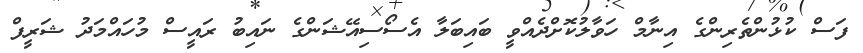
ފަސް ކުޅުންތެރިންގެ އިނާމް ހަވާލުކޮށްދެއްވީ ބައިބަލާ އެސޯސިއޭޝަންގެ ނައިބު ރައީސް މުހައްމަދު ޝަރީފް